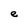
Character: e